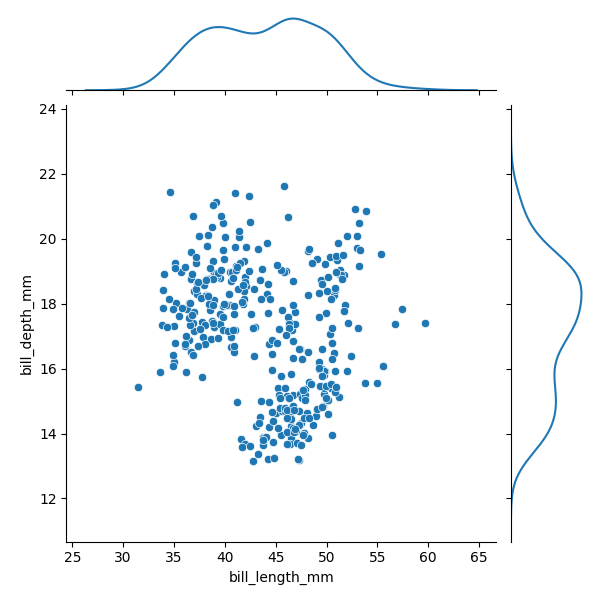
python, seaborn, JointGrid, scatterplot, kdeplot